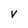
Character: V